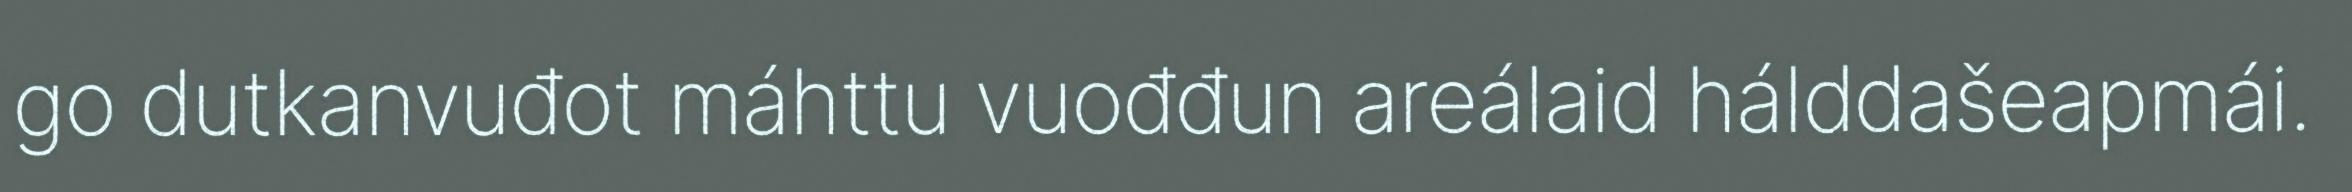
go dutkanvuđot máhttu vuođđun areálaid hálddašeapmái.